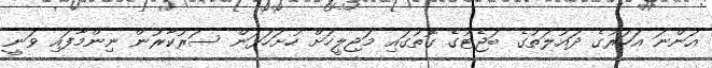
އަންނަ އަހަރުގެ ދައުލަތުގެ ބަޖެޓުގެ ގޮތުގައި މަޖިލީހަށް ހުށަހަޅަން ސަރުކާރުން ނިންމާފައި ވަނީ